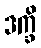
ဒက္ခိ